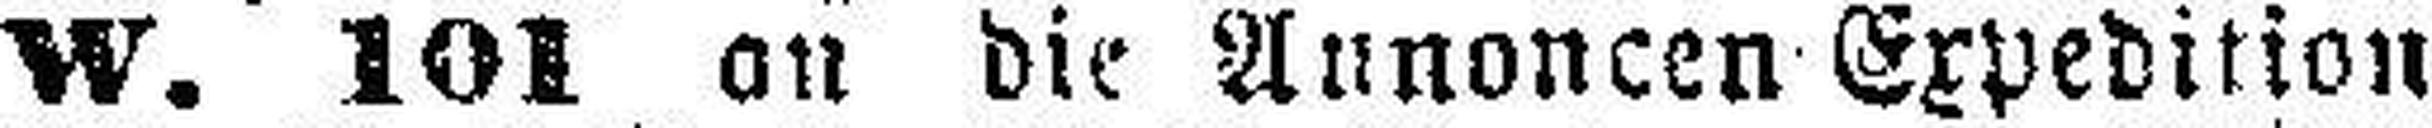
W. 101 an die Annoncen Expedition